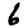
Digit: 6